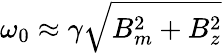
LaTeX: \omega_{0}\approx\gamma\sqrt{B_{m}^{2}+B_{z}^{2}}